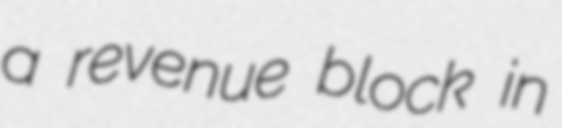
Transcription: a revenue block in